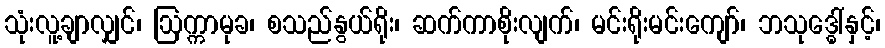
သုံးလူ့ချာလျှင်၊ ဩက္ကာမုခ၊ စသည်နွယ်ရိုး၊ ဆက်ကာစိုးလျက်၊ မင်းရိုးမင်းကျော်၊ ဘသုဒ္ဓေါ်နှင့်၊